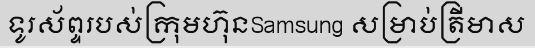
ទូរស័ព្ទរបស់ក្រុមហ៊ុនSamsung សម្រាប់ត្រីមាស